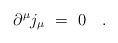
\begin{align*}\partial^\mu j_\mu~=~0~~~. \end{align*}